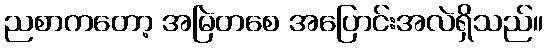
ညစာကတော့ အမြဲတစေ အပြောင်းအလဲရှိသည်။